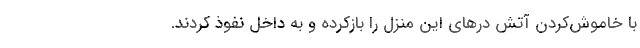
با خاموش‌کردن آتش درهای این منزل را بازکرده و به داخل نفوذ کردند.